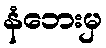
နံဘေးမှ